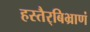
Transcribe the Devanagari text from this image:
हस्तैर्‌बिभ्राणं